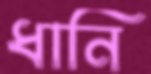
ধানি